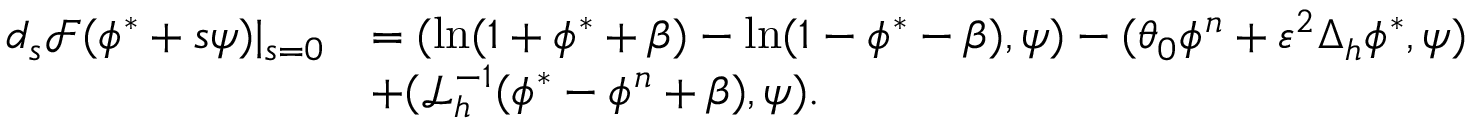
\begin{array} { r l } { d _ { s } \mathcal { F } ( \phi ^ { * } + s \psi ) | _ { s = 0 } } & { = ( \ln ( 1 + \phi ^ { * } + \beta ) - \ln ( 1 - \phi ^ { * } - \beta ) , \psi ) - ( \theta _ { 0 } \phi ^ { n } + \varepsilon ^ { 2 } \Delta _ { h } \phi ^ { * } , \psi ) } \\ & { + ( \mathcal { L } _ { h } ^ { - 1 } ( \phi ^ { * } - \phi ^ { n } + \beta ) , \psi ) . } \end{array}